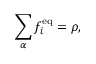
\sum _ { \alpha } f _ { i } ^ { \mathrm { e q } } = \rho ,